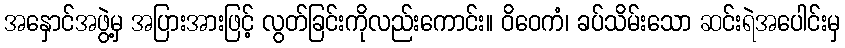
အနှောင်အဖွဲ့မှ အပြားအားဖြင့် လွတ်ခြင်းကိုလည်းကောင်း။ ဝိဝေကံ၊ ခပ်သိမ်းသော ဆင်းရဲအပေါင်းမှ